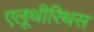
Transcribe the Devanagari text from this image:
एलूथीरिथस